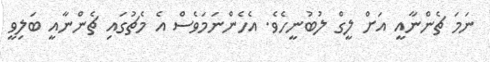
ނަމަ ޗެންނާއީ އަށް ލީގް ލުބުނީހެވެ. އެހެންނަމަވެސް އެ މެޗުގައި ޗެންނާއީ ބަލިވީ